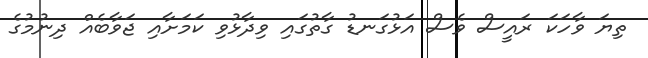
ތިޔަ ވާހަކަ ރައީސް ވެސް އަޅުގަނޑު ގާތުގައި ވިދާޅުވި ކަމަށާއި ޖަވާބެއް ދިނުމުގެ